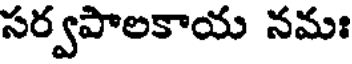
సర్వపాలకాయ నమః